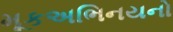
મૂકઅભિનયનો